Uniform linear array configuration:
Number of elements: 32
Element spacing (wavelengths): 0.75
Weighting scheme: blackman
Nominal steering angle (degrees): -30
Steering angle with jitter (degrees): -30.923
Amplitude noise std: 0.05
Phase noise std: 0.05

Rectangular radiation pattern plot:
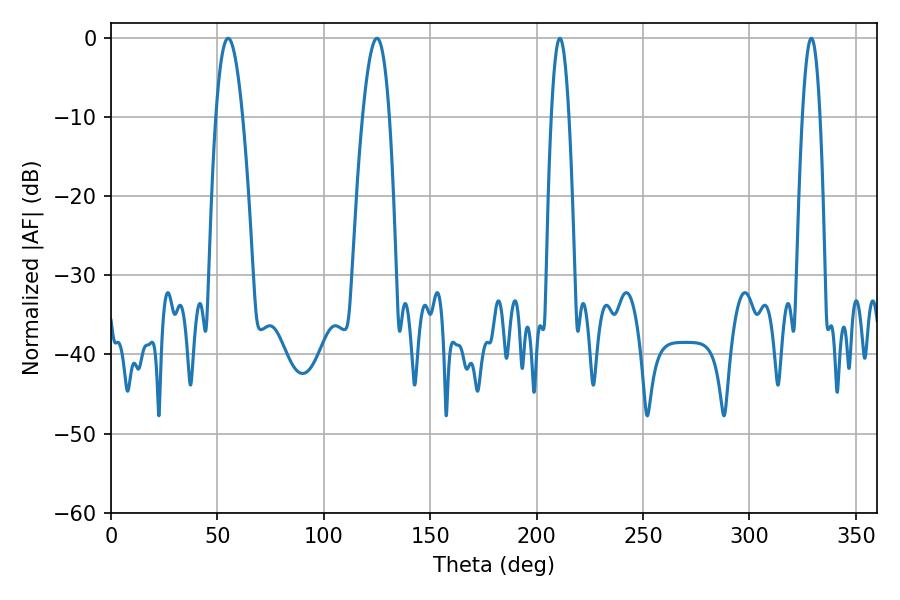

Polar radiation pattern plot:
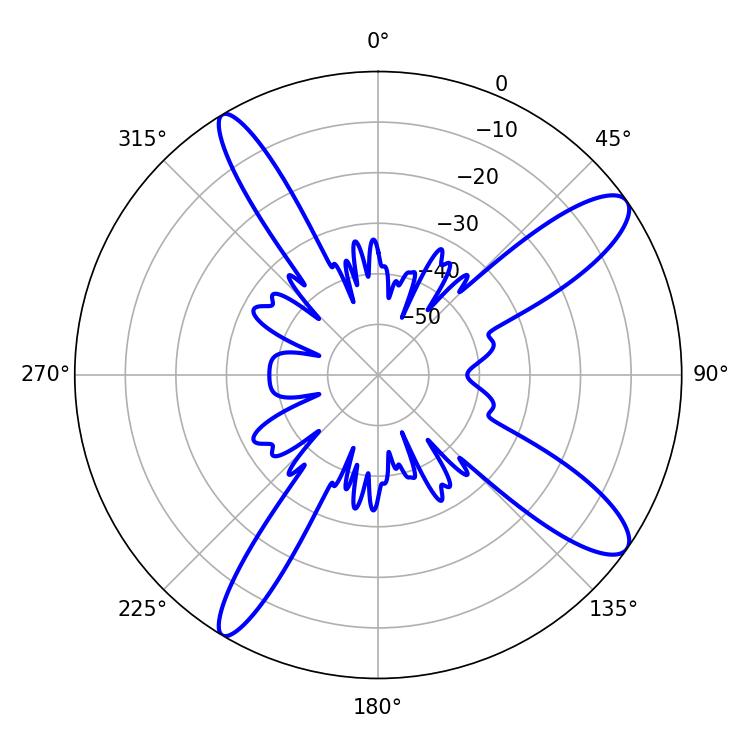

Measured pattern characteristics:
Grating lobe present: TRUE
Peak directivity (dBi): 12.04
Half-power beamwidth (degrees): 7.02
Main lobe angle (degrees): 124.92